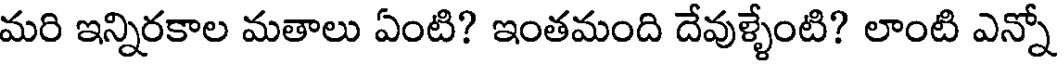
మరి ఇన్నిరకాల మతాలు ఏంటి? ఇంతమంది దేవుళ్ళేంటి? లాంటి ఎన్నో